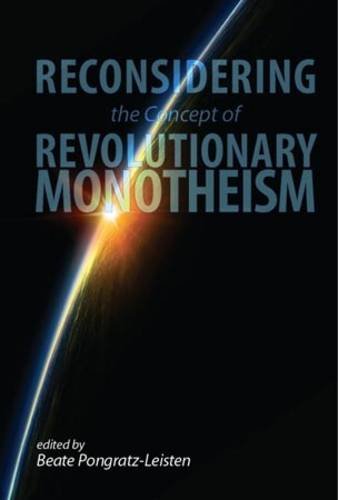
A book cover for Reconsidering the Concept of Revoultionary Monotheism; Beatle Pongratz-Leisten; Religion & Spirituality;